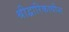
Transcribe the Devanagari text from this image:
श्रीद्वारिकाधीश